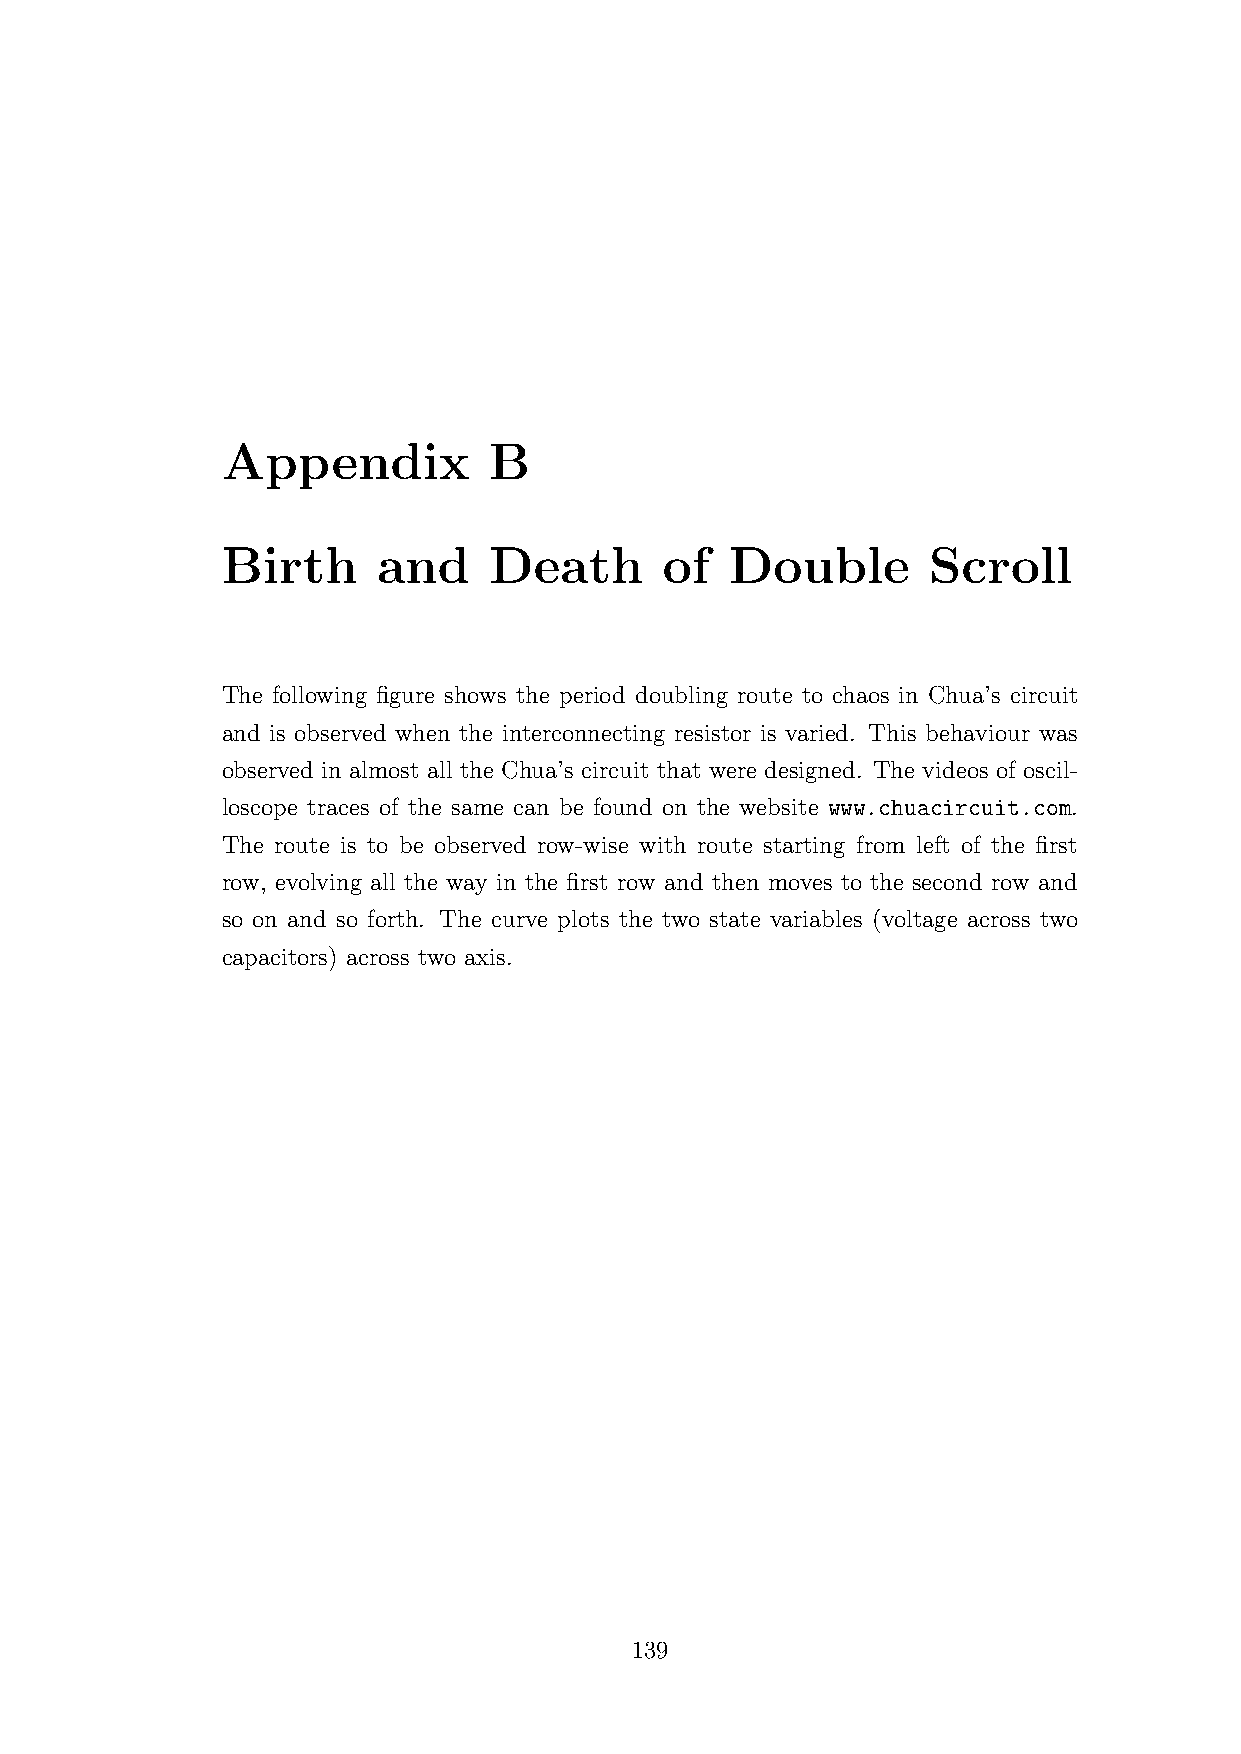
Appendix         B
 Birth     and    Death       of  Double       Scroll
 The following figure shows the period doubling route to chaos in Chua’s circuit
 and is observed when the interconnecting resistor is varied. This behaviour was
 observed in almost all the Chua’s circuit that were designed. The videos of oscil-
 loscope traces of the same can be found on the website www.chuacircuit.com.
 The route is to be observed row-wise with route starting from left of the first
 row, evolving all the way in the first row and then moves to the second row and
 so on and so forth. The curve plots the two state variables (voltage across two
 capacitors) across two axis.
 139